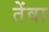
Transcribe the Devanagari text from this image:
तेंवा